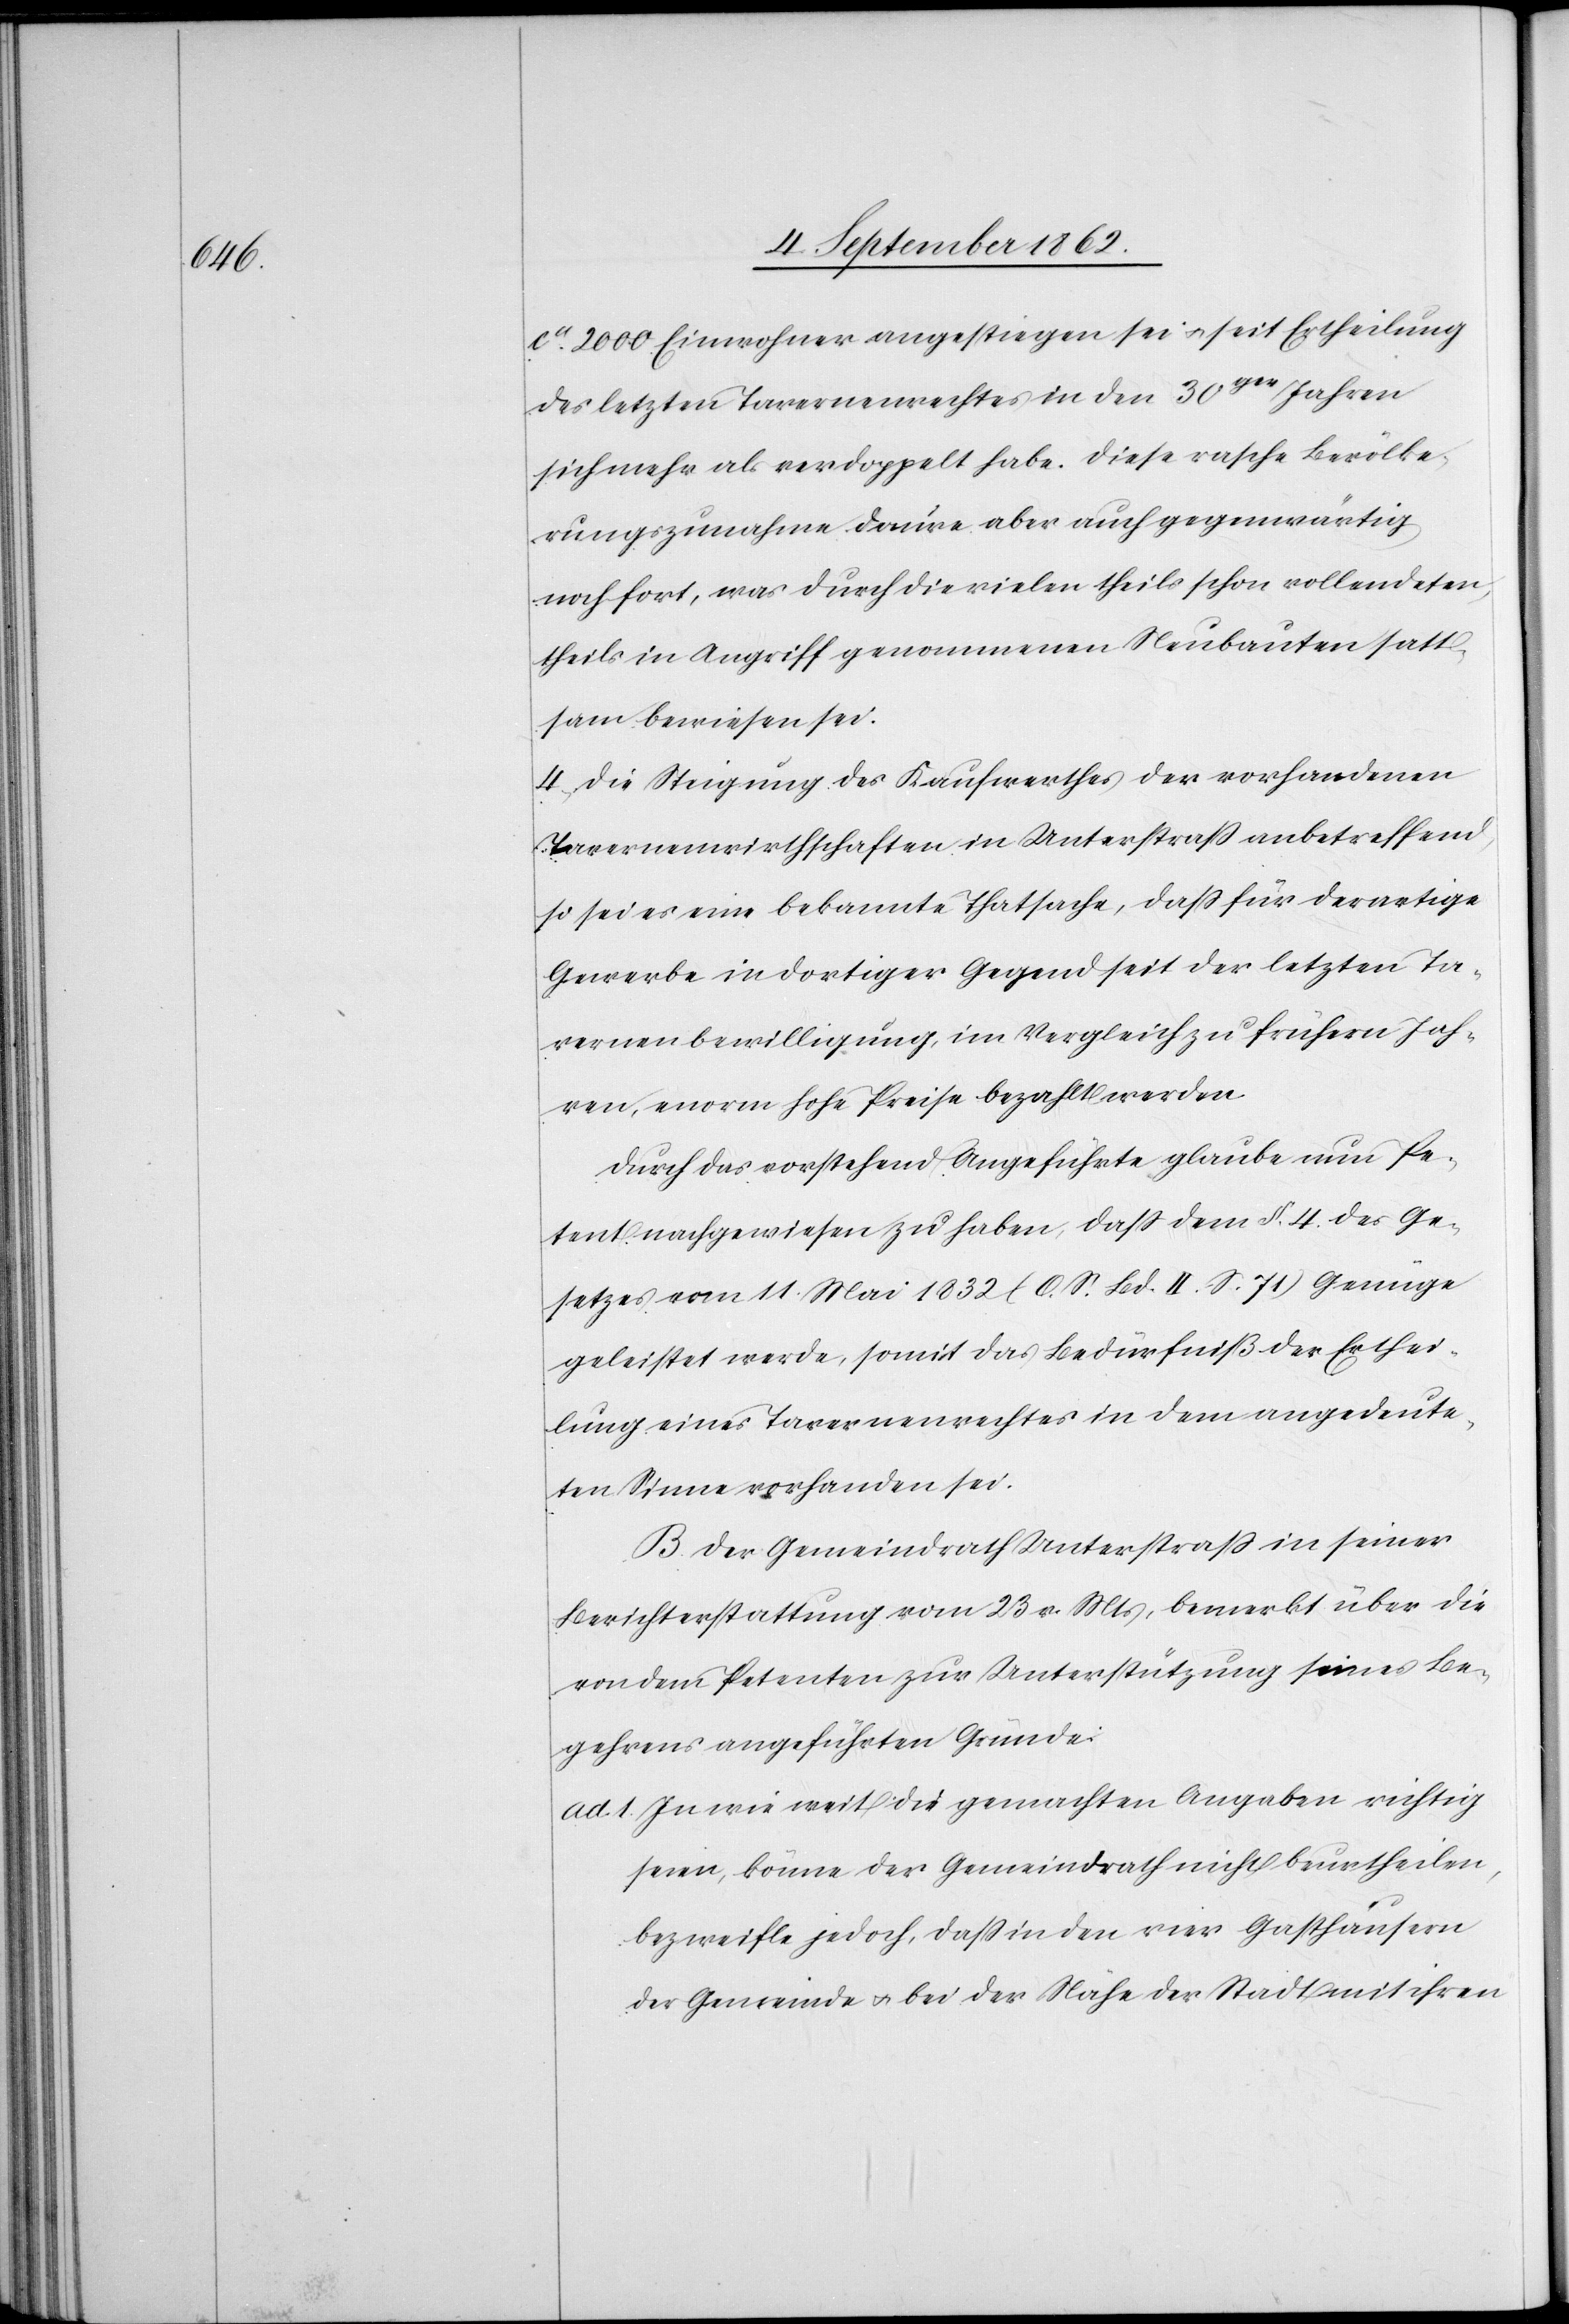
ca 2000 Einwohner angestiegen sei u. seit Ertheilung
des letzten Tavernenrechtes in den 30ger Jahren
sich mehr als verdoppelt habe. Diese rasche Bevölke¬
rungszunahme dauert aber auch gegenwärtig
noch fort, was durch die vielen theils schon vollendeten
theils in Angriff genommenen Neubauten satt¬
sam bewiesen sei.
4. Die Steigung des Kaufwerthes der vorhandenen
Tavernenwirtschaften in Unterstraß anbetreffend,
so sei es eine bekannte Thatsache, daß für derartige
Gewerbe in dortiger Gegend seit der letzten Ta¬
vernenbewilligung, im Vergleich zu frühern Jah¬
ren, enorm hohe Preise bezahlt werden.
Durch das vorstehend angeführt glaube nun Pe¬
tent nachgewiesen zu haben, daß dem §. 4 des Ge¬
setzes vom 11. Mai 1832 (O. S. Bd. II. S. 71) Genüge
geleistet werde, somit das Bedürfniß der Erthei¬
lung eines Tavernenrechtes in dem angedeute¬
ten Sinne vorhanden sei.
B. Der Gemeindrath Unterstraß in seiner
Berichterstattung vom 23. v. Mts., bemerkt über die
von dem Petenten zur Unterstützung seines Be¬
gehrens angeführten Gründe:
ad. 1. In wie weit die gemachten Angaben richtig
seien, könne der Gemeindrath nicht beurtheilen,
bezweifle jedoch, daß in den vier Gasthäusern
der Gemeinde u. bei der Nähe der Stadt mit ihren